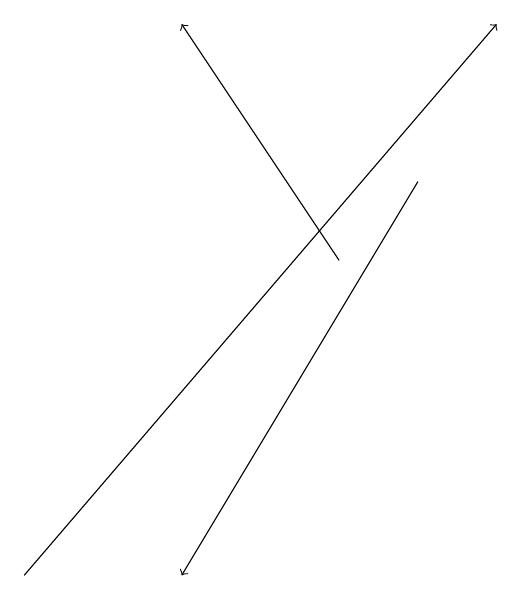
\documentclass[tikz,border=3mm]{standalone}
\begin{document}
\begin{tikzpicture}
\draw[->] (7,15) -- (5,18);
\draw[->] (3,11) -- (9,18);
\draw[->] (8,16) -- (5,11);
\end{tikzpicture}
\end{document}